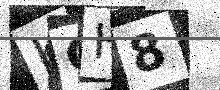
Text: KGH8